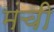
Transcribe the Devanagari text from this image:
मंची